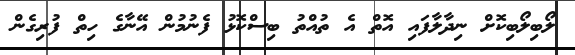
ލޯބިލޯބިކޮށް ނިދާލާފައި އޮތް އެ ތުއްތު ބިސްކޮޅު ފެނުމުން އޭނާގެ ހިތް ފުރިގެން